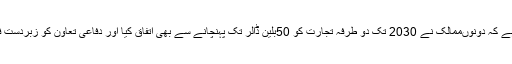
روزنامہ ایشین ایج نے اس حوالے سے لکھا ہے کہ دونوںممالک نے 2030 تک دو طرفہ تجارت کو 50بلین ڈالر تک پہنچانے سے بھی اتفاق کیا اور دفاعی تعاون کو زبردست فروغ دینے کےلئے عہد بستگی کا اظہار کیا۔